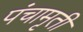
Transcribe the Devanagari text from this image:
पंचामृती